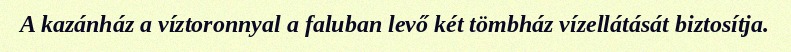
A kazánház a víztoronnyal a faluban levő két tömbház vízellátását biztosítja.